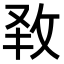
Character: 𭣧